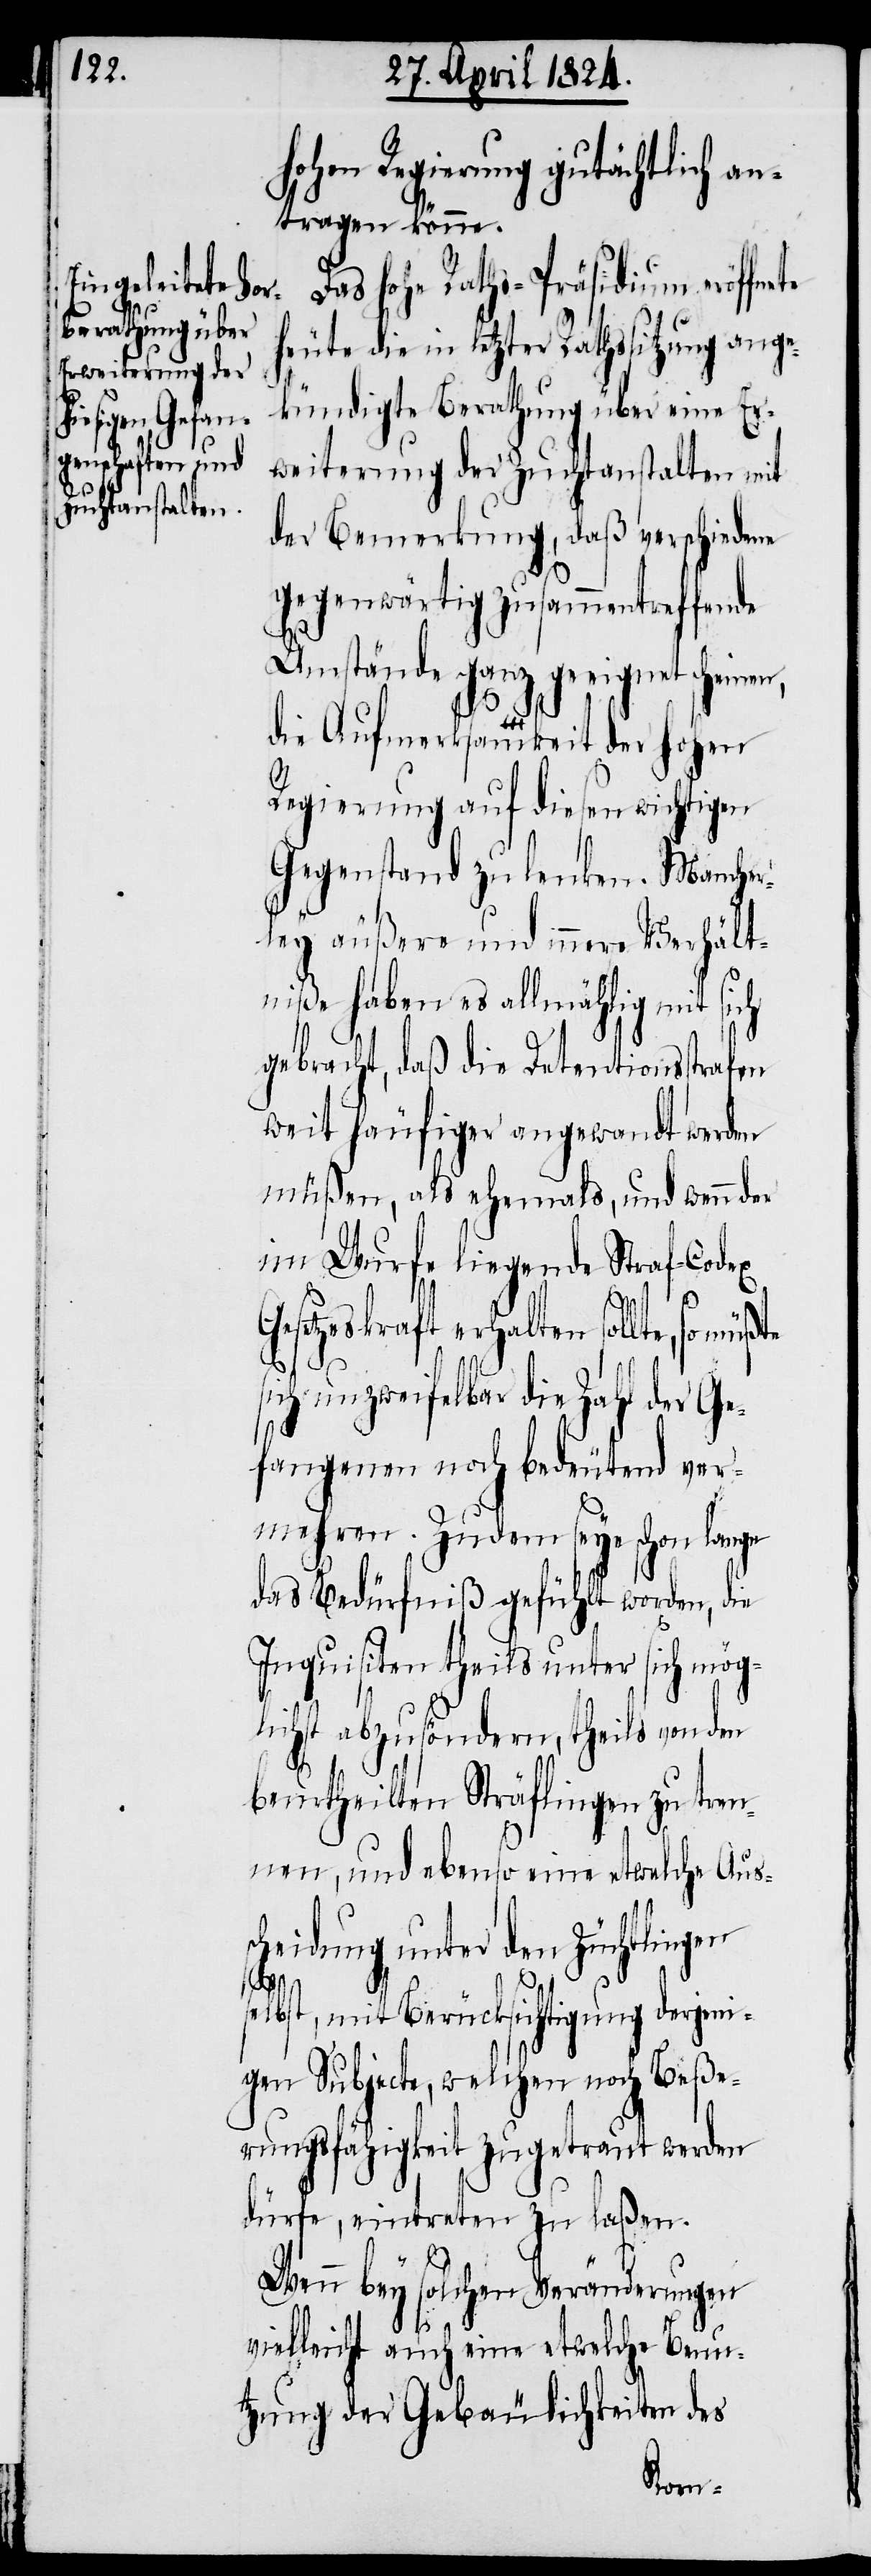
hohen Regierung gutächtlich an¬
tragen könne.
Das hohe Raths-Präsidium eröffnete
heute die in letzter Rathssitzung ange¬
kündigte Berathung über eine Er¬
weiterung der Zuchtanstalten mit
der Bemerkung, daß verschiedene
gegenwärtig zusammentreffende
Umstände ganz geeignet scheinen,
gen
die Aufmerksamkeit der hohen
Regierung auf diesen wichtigen
Gegenstand zu lenken. Mancher¬
ley äußere und innere Verhält¬
niße haben es allmächtig mit sich
gebracht, daß die Detensionsstrafen
weit häufiger angewandt werden
müßen, als ehemals, und wenn der
im Wurfe liegende Straf-Codex
Gesetzeskraft erhalten sollte, so müßte
s¬
sich unzweifelbar die Zahl der Ge¬
fangenen noch bedeutend ver¬
mehren. Zudem seye schon lange
das Bedürfniß gefühlt worden, die
Inquisition theils unter sich mög¬
lichst abzusöndern, theils von den
beurtheilten Sträflingen zu tren¬
nen, und ebenso eine etwelche Aus¬
cheidung unter den Züchtlin¬
selbst, mit Berücksichtigung derjeni¬
gen Subjecte, welchen noch Beße¬
rungsfähigkeit zugetraut werden
dürfe, eintreten zu laßen.
Wenn bey solchen Veränderungen
vielleicht auch eine etwelche Benu¬
tzung der Gebäulichkeiten des